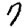
Digit: 7